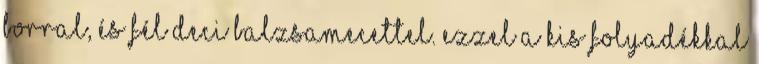
borral, és fél deci balzsamecettel. Ezzel a kis folyadékkal